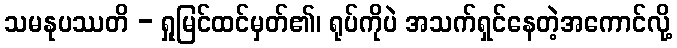
သမနုပဿတိ - ရှုမြင်ထင်မှတ်၏၊ ရုပ်ကိုပဲ အသက်ရှင်နေတဲ့အကောင်လို့